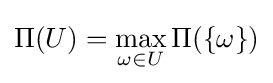
\Pi (U)=\max _{\omega \in U}\Pi (\{\omega \})